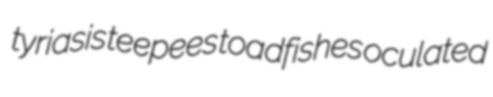
tyriasis teepees toadfishes oculated